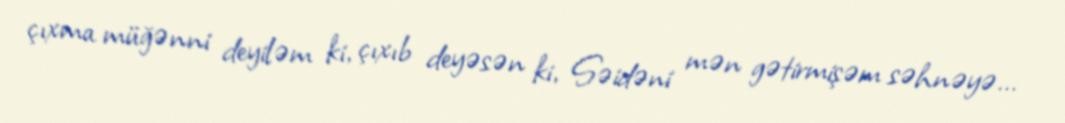
çıxma müğənni deyiləm ki, çıxıb deyəsən ki, Səidəni mən gətirmişəm səhnəyə...